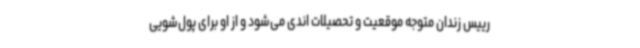
رییس زندان متوجه موقعیت و تحصیلات اندی می‌شود و از او برای پول‌شویی